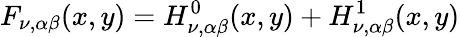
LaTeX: F_{\nu,\alpha\beta}(x,y)=H_{\nu,\alpha\beta}^{0}(x,y)+H_{\nu,\alpha\beta}^{1}(x,y)